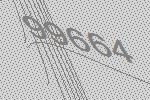
99664